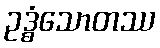
ဥဒ္ဓံသောတဿ